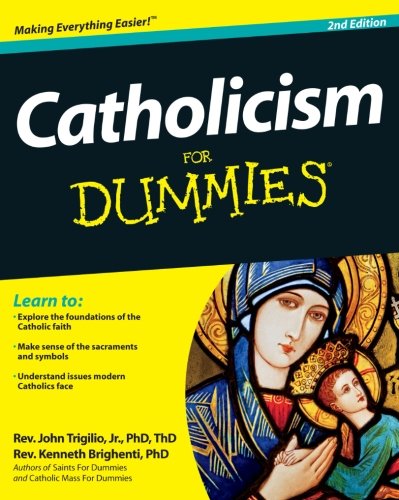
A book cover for Catholicism For Dummies; Rev. John Trigilio Jr.; History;